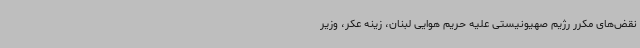
نقض‌های مکرر رژیم صهیونیستی علیه حریم هوایی لبنان، زینه عکر، وزیر